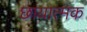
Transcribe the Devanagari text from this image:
छायात्मक